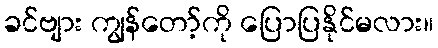
ခင်ဗျား ကျွန်တော့်ကို ပြောပြနိုင်မလား။